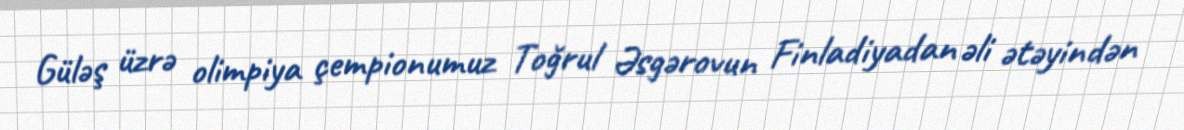
Güləş üzrə olimpiya çempionumuz Toğrul Əsgərovun Finladiyadan əli ətəyindən